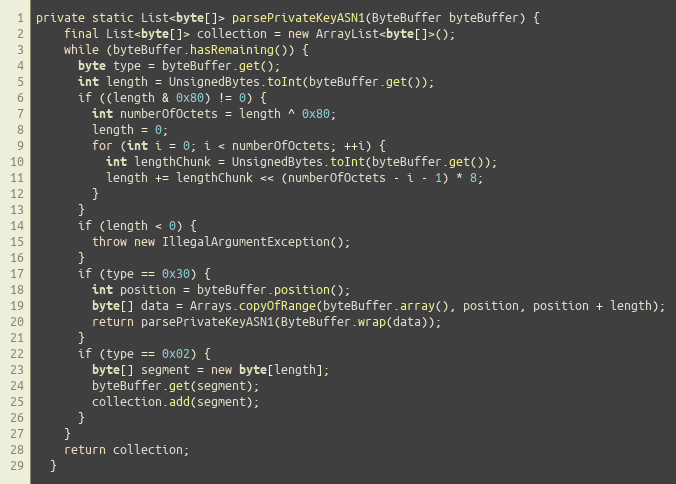
Language: Java
private static List<byte[]> parsePrivateKeyASN1(ByteBuffer byteBuffer) {
    final List<byte[]> collection = new ArrayList<byte[]>();
    while (byteBuffer.hasRemaining()) {
      byte type = byteBuffer.get();
      int length = UnsignedBytes.toInt(byteBuffer.get());
      if ((length & 0x80) != 0) {
        int numberOfOctets = length ^ 0x80;
        length = 0;
        for (int i = 0; i < numberOfOctets; ++i) {
          int lengthChunk = UnsignedBytes.toInt(byteBuffer.get());
          length += lengthChunk << (numberOfOctets - i - 1) * 8;
        }
      }
      if (length < 0) {
        throw new IllegalArgumentException();
      }
      if (type == 0x30) {
        int position = byteBuffer.position();
        byte[] data = Arrays.copyOfRange(byteBuffer.array(), position, position + length);
        return parsePrivateKeyASN1(ByteBuffer.wrap(data));
      }
      if (type == 0x02) {
        byte[] segment = new byte[length];
        byteBuffer.get(segment);
        collection.add(segment);
      }
    }
    return collection;
  }